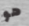
هو